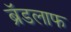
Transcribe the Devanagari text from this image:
ब्रॅडलाफ